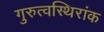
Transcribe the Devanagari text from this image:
गुरुत्वस्थिरांक